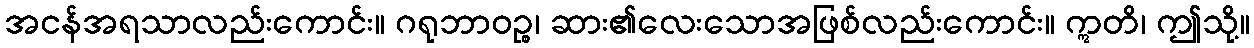
အငန်အရသာလည်းကောင်း။ ဂရုဘာဝဉ္စ၊ ဆား၏လေးသောအဖြစ်လည်းကောင်း။ ဣတိ၊ ဤသို့။